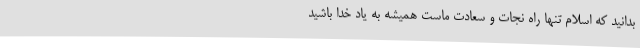
بدانید که اسلام تنها راه نجات و سعادت ماست همیشه به یاد خدا باشید